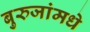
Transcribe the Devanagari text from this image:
बुरुजांमधे